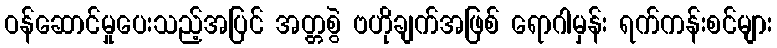
ဝန်ဆောင်မှုပေးသည့်အပြင် အတ္တစွဲ ဗဟိုချက်အဖြစ် ရောဂါမှန်း ရက်ကန်းစင်များ